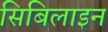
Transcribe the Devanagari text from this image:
सिबिलाइन